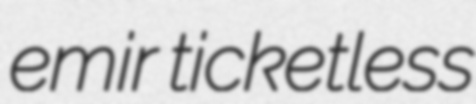
emir ticketless